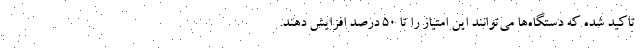
تاکید شده که دستگاه‌ها می‌توانند این امتیاز را تا ۵۰ درصد افزایش دهند.